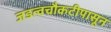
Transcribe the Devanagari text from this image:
जडत्वचौकटीपासून